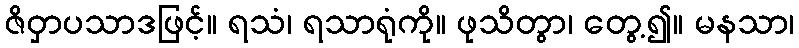
ဇိဝှာပသာဒဖြင့်။ ရသံ၊ ရသာရုံကို။ ဖုသိတွာ၊ တွေ့၍။ မနသာ၊